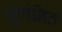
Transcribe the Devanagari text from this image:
घूर्णनित